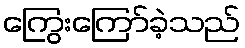
ကြွေးကြော်ခဲ့သည်